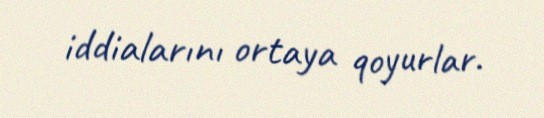
iddialarını ortaya qoyurlar.